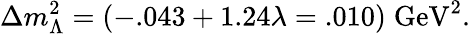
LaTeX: \Delta m_{\Lambda}^{2}=(-.043+1.24\lambda=.010)\; \mathrm{GeV}^{2}.